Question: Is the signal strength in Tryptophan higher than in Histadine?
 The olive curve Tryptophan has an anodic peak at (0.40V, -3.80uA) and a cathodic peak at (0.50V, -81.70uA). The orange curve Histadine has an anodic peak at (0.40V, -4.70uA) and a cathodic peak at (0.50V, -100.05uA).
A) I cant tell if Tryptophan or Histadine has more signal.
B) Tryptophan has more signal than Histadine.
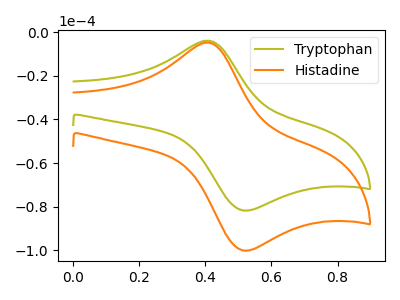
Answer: <think>All the peaks in "Tryptophan" have a peak in "Histadine" at the same potential.
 </think>
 <answer>A) I cant tell if "Tryptophan" or "Histadine" has more signal.</answer>
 <eval>A</eval>